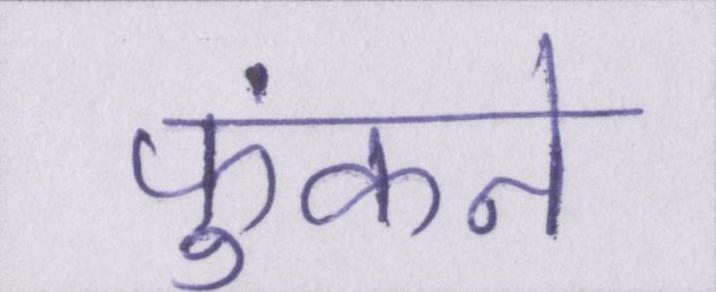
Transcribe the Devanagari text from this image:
फुंकने